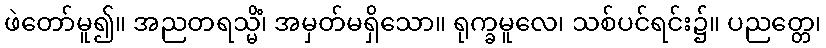
ဖဲတော်မူ၍။ အညတရသ္မိံ၊ အမှတ်မရှိသော။ ရုက္ခမူလေ၊ သစ်ပင်ရင်း၌။ ပညတ္တေ၊